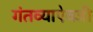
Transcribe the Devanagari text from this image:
गंतव्याऐवजी